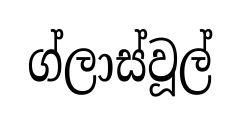
ග්ලාස්වූල්